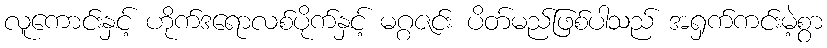
လူကောင်းနှင့် ဟိုက်ဒရောလစ်ပိုက်နှင့် မဂ္ဂဇင်း ပိတ်မည်ဖြစ်ပါသည် အရှက်ကင်းမဲ့စွာ